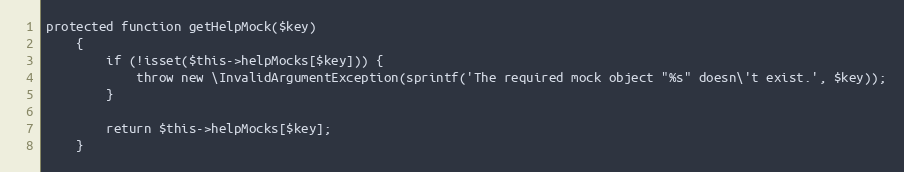
Language: PHP
protected function getHelpMock($key)
    {
        if (!isset($this->helpMocks[$key])) {
            throw new \InvalidArgumentException(sprintf('The required mock object "%s" doesn\'t exist.', $key));
        }

        return $this->helpMocks[$key];
    }